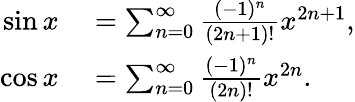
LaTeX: \begin{array}{rl}{\sin x}&{{}=\sum_{n=0}^{\infty}{\frac{(-1)^{n}}{(2n+1)!}}x^{2n+1},}\\ {\cos x}&{{}=\sum_{n=0}^{\infty}{\frac{(-1)^{n}}{(2n)!}}x^{2n}.}\end{array}